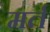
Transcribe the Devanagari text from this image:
मर्त